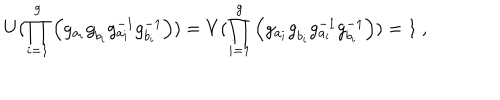
LaTeX: U ( \prod _ { i = 1 } ^ { g } \left( g _ { a _ { i } } ^ { ~ } g _ { b _ { i } } ^ { ~ } g _ { a _ { i } } ^ { - 1 } g _ { b _ { i } } ^ { - 1 } \right) ) = V ( \prod _ { i = 1 } ^ { g } \left( g _ { a _ { i } } ^ { ~ } g _ { b _ { i } } ^ { ~ } g _ { a _ { i } } ^ { - 1 } g _ { b _ { i } } ^ { - 1 } \right) ) = 1 ~ ,